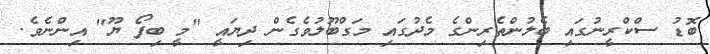
ބޮޑު ސްކްރީނުގައި ބެލުންތެރިންގެ މެދުގައި މަގްބޫލުވެގެން ދިޔައީ "މީ ބިފޯ ޔޫ" އިންނެވެ.